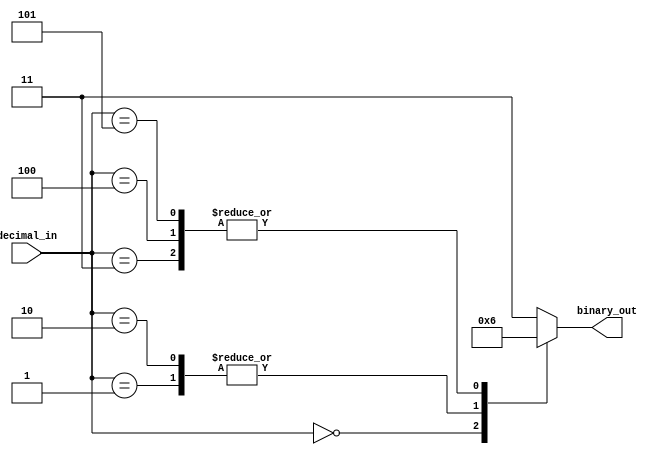
module decimal_priority_encoder (
    input [3:0] decimal_in,
    output reg [1:0] binary_out
);

always @(*) begin
    case(decimal_in)
        4'd0: binary_out = 2'd00;
        4'd1: binary_out = 2'd01;
        4'd2: binary_out = 2'd01;
        4'd3: binary_out = 2'd10;
        4'd4: binary_out = 2'd10;
        4'd5: binary_out = 2'd10;
        default: binary_out = 2'd11;
    endcase
end

endmodule